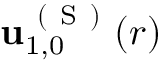
\mathbf { u } _ { 1 , 0 } ^ { \mathrm { ~ ( ~ S ~ ) ~ } } ( r )